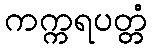
ကက္ကရပတ္တံ